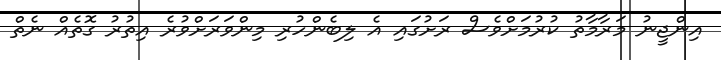
އިންޖީނު މަރާމާތު ކުރުމަށްވެސް ރަށުގައި އެ ލިބެންހުރި މިންވަރަށްވުރެ އިތުރު ގޮތެއް ނެތް